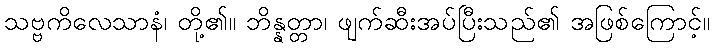
သဗ္ဗကိလေသာနံ၊ တို့၏။ ဘိန္နတ္တာ၊ ဖျက်ဆီးအပ်ပြီးသည်၏ အဖြစ်ကြောင့်။